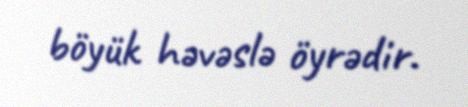
böyük həvəslə öyrədir.